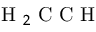
\mathrm { ~ H ~ } _ { 2 } \mathrm { ~ C ~ C ~ H ~ }